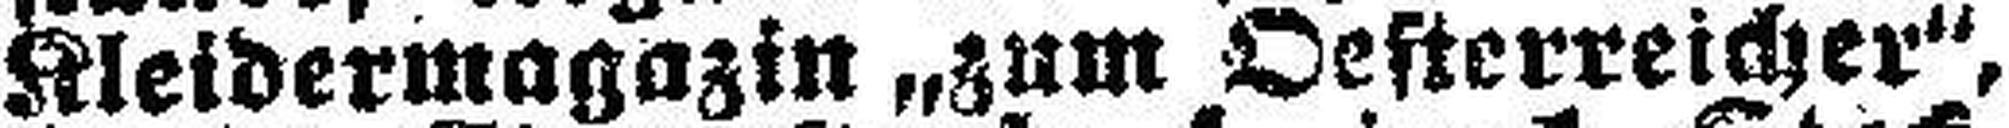
Kleidermagazin „zum Oesterreicher“,